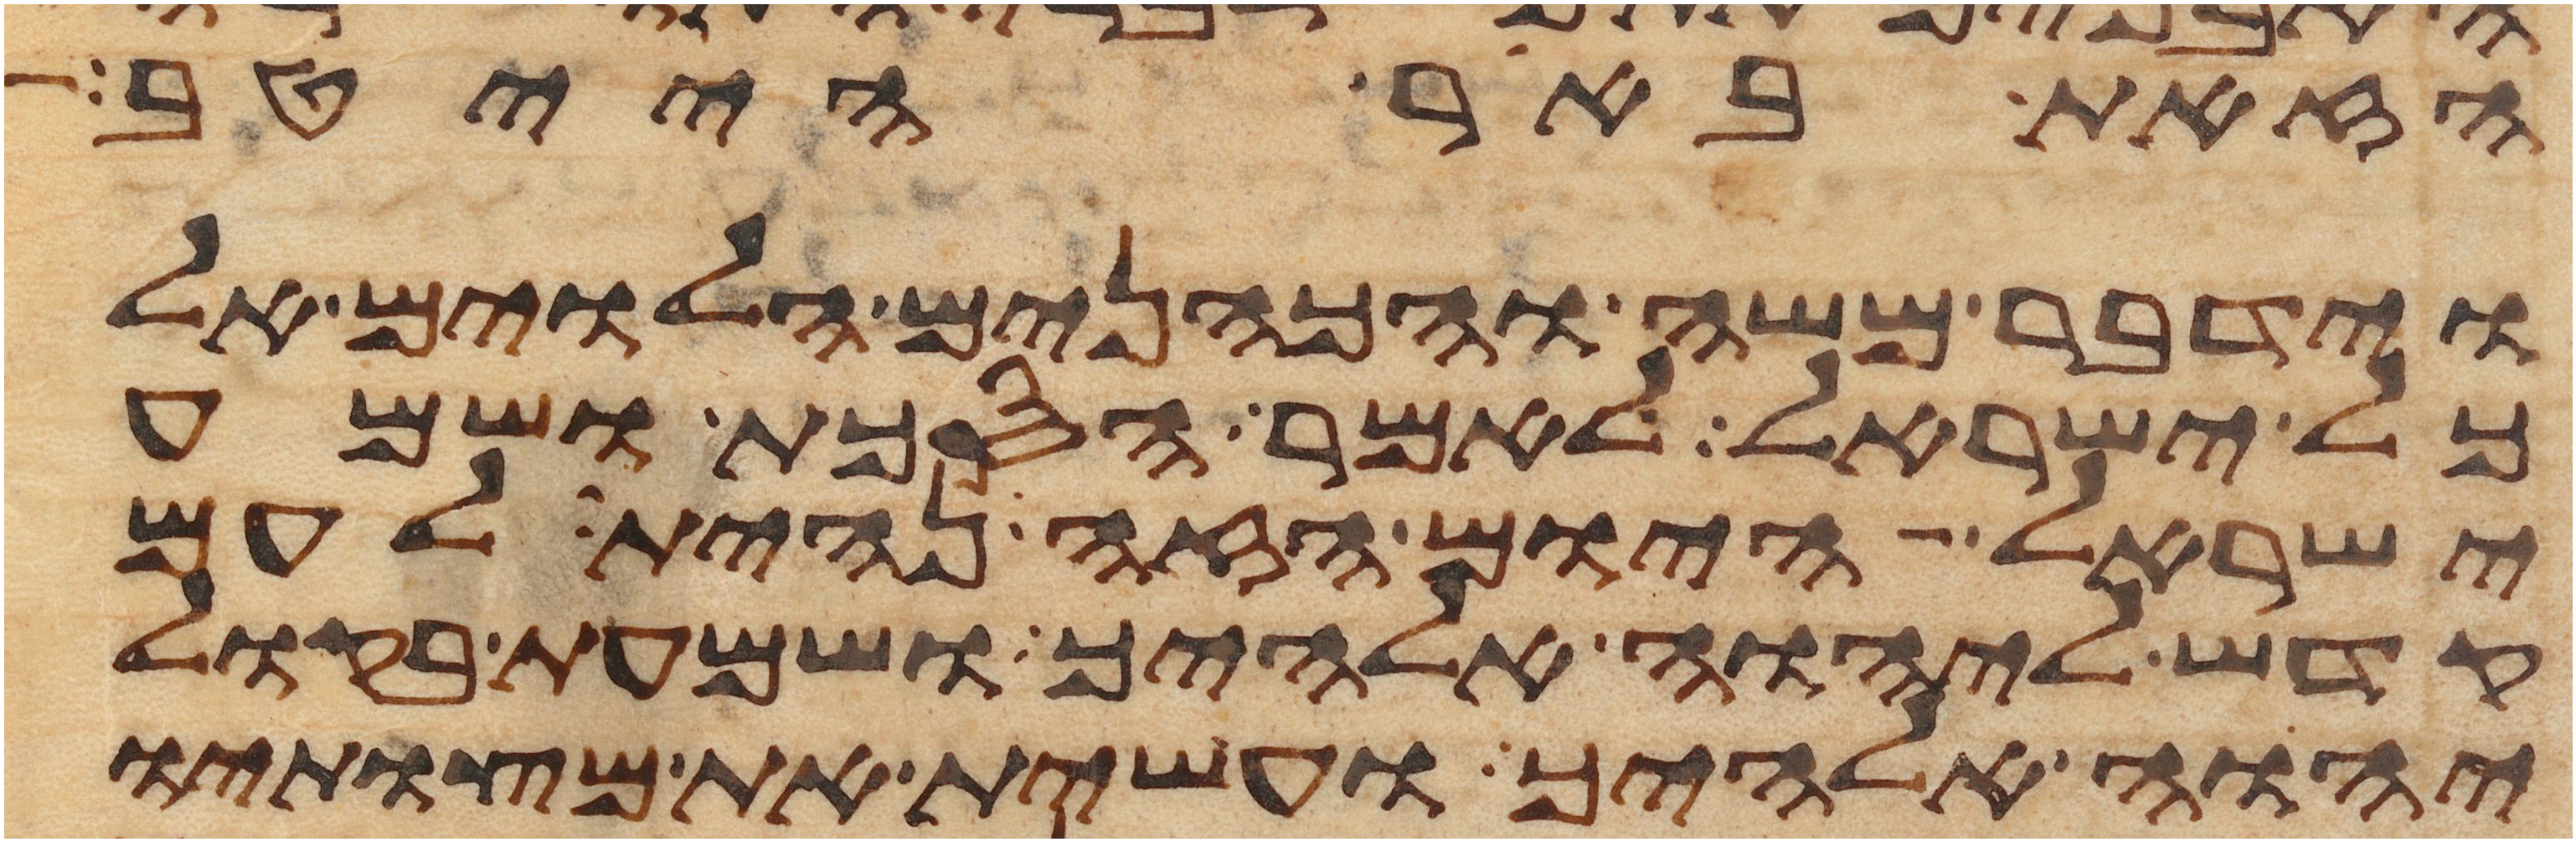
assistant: הזאת באר הייטב
וידבר משה והכהנים הלוים אל
כל ישראל לאמר הסכת ושמע
ישראל היום הזה נהית לעם
קדש ליהוה אלהיך ושמעת בקול
יהוה אלהיך ועשית את מצותיו